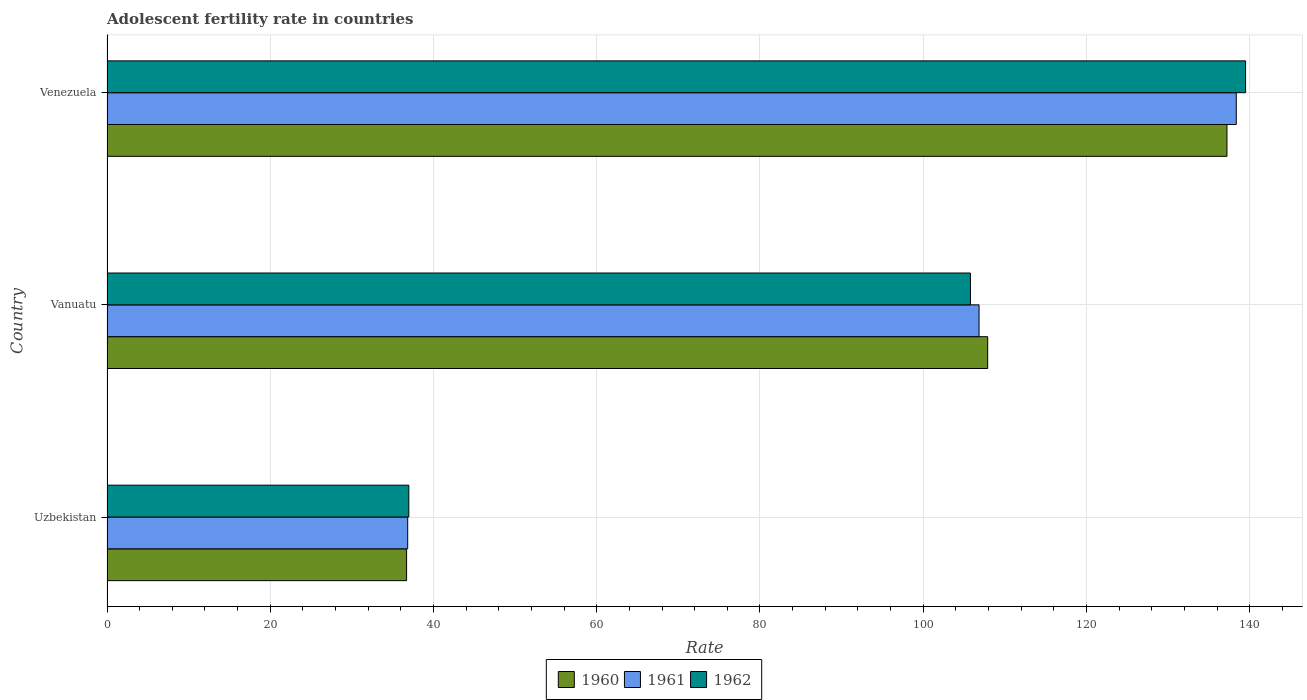
| Country | 1960 | 1961 | 1962 |
 | --- | --- | --- | --- |
 | Uzbekistan | 36.7 | 36.8 | 37 |
 | Vanuatu | 108 | 107 | 106 |
 | Venezuela | 137 | 138 | 139 |